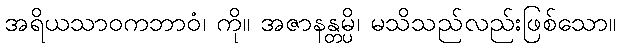
အရိယသာဝကဘာဝံ၊ ကို။ အဇာနန္တမ္ပိ၊ မသိသည်လည်းဖြစ်သော။